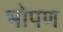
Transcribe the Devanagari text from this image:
भोपण